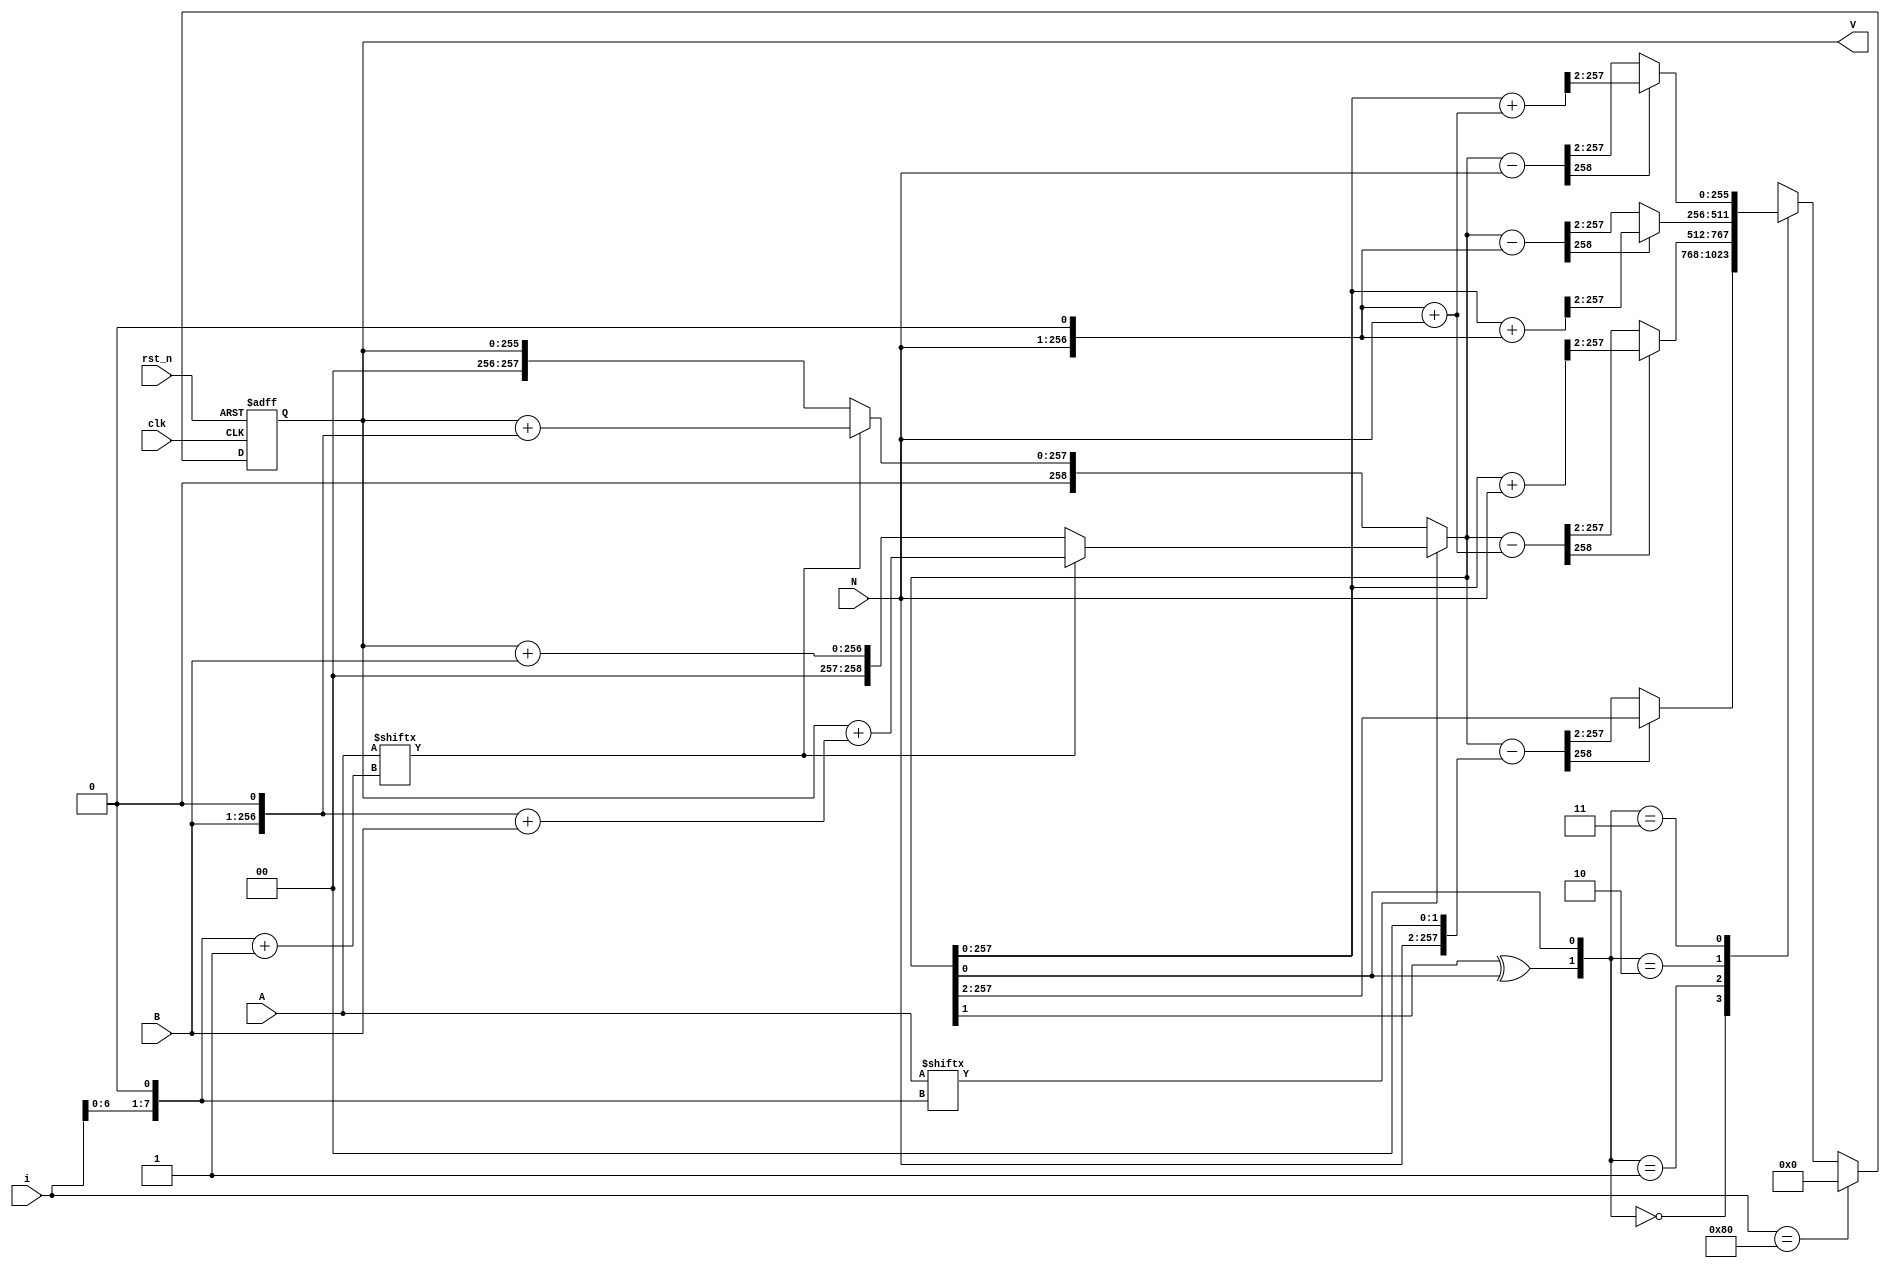
module MA_4_mod(A, B, N, clk, rst_n, V, i);
// inputs //
input [255:0] A, B;
input [255:0] N;
input clk;
input rst_n; 
input [7:0] i;
// outputs //
output [255:0] V; //size of V??!!

// wires //
wire  [7:0]   i_2;
wire  [7:0]   i_2_p1;
reg   [255:0] next_V;
wire  [258:0] B_2;
wire  [258:0] B_3;
                       
wire  [258:0] N_2;
wire  [258:0] N_3;
wire  [258:0] N_4;
                       
wire  [258:0] V_B;
wire  [258:0] V_2B;
wire  [258:0] V_3B;
                      
wire  [258:0] tmp_d4;
wire  [258:0] tmp_N_d4;
wire  [258:0] tmp_2N_d4;
wire  [258:0] tmp_3N_d4;
                      
wire  [258:0] tmp_m4N_d4;
wire  [258:0] tmp_m3N_d4;
wire  [258:0] tmp_m2N_d4;
wire  [258:0] tmp_mN_d4;
         
reg   [258:0] tmp;
wire  [1:0]   q;

// flip flops //
reg   [255:0] V;

//=========combinational circuit===========//

//calculate tmp = V_i + 2*a_(i+1)*B + a_i*B   I don't want * so I separate this into four cases


//calculate q  first bit XOR, second bit equivalent
assign i_2       = i<<1;
assign i_2_p1    = i_2+1;

assign B_2       = B<<1;
assign B_3       = B_2+B;

assign N_2       = N<<1;
assign N_3       = N_2+N;
assign N_4       = N<<2;

assign V_B       = V+B;
assign V_2B      = V+B_2;
assign V_3B      = V+B_3;

assign tmp_d4    = (tmp)>>2;
assign tmp_N_d4  = (tmp+N)>>2;
assign tmp_2N_d4 = (tmp+N_2)>>2;
assign tmp_3N_d4 = (tmp+N_3)>>2;
                       
assign tmp_m4N_d4= (tmp-N_4)>>2;
assign tmp_m3N_d4= (tmp-N_3)>>2;
assign tmp_m2N_d4= (tmp-N_2)>>2;
assign tmp_mN_d4 = (tmp-N  )>>2;


always@(*) begin
    if(A[i_2] == 0) begin
        if(A[i_2_p1] == 0) tmp = V;  //i>128, What will happen??!!
        else tmp = V_2B;
    end
    else begin
        if(A[i_2_p1] == 0) tmp = V_B;
        else tmp = V_3B;
    end
end

assign q[1] = tmp[1]^tmp[0];
assign q[0] = tmp[0];



//calculate tmp_V = (tmp + q*N)>>2   don't want *
always@(*) begin
    if(i==8'd128) next_V=0;
    else begin
      case(q)
        2'b00: next_V = (tmp_m4N_d4[256]==0)? tmp_m4N_d4 : tmp_d4;
        2'b01: next_V = (tmp_m3N_d4[256]==0)? tmp_m3N_d4 : tmp_N_d4;
        2'b10: next_V = (tmp_m2N_d4[256]==0)? tmp_m2N_d4 : tmp_2N_d4;
        2'b11: next_V = (tmp_mN_d4 [256]==0)?  tmp_mN_d4: tmp_3N_d4;
      endcase 
    end
end


//==========sequential circuit=============//
always@( posedge clk or posedge rst_n ) begin
	if(rst_n == 1 ) begin  
		V    <= 0;
    end
	else begin
		V    <= next_V;
    end
end
endmodule